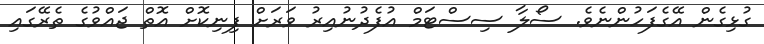
ގުޅިގެން އޭގެފަހުންނެވެ. ސޯލާ ސިސްޓަމް އުފެދުނުއިރު ވަރަށް ފިނިކޮށް އޮތް ޖައްވުގެ ތެރޭގައި